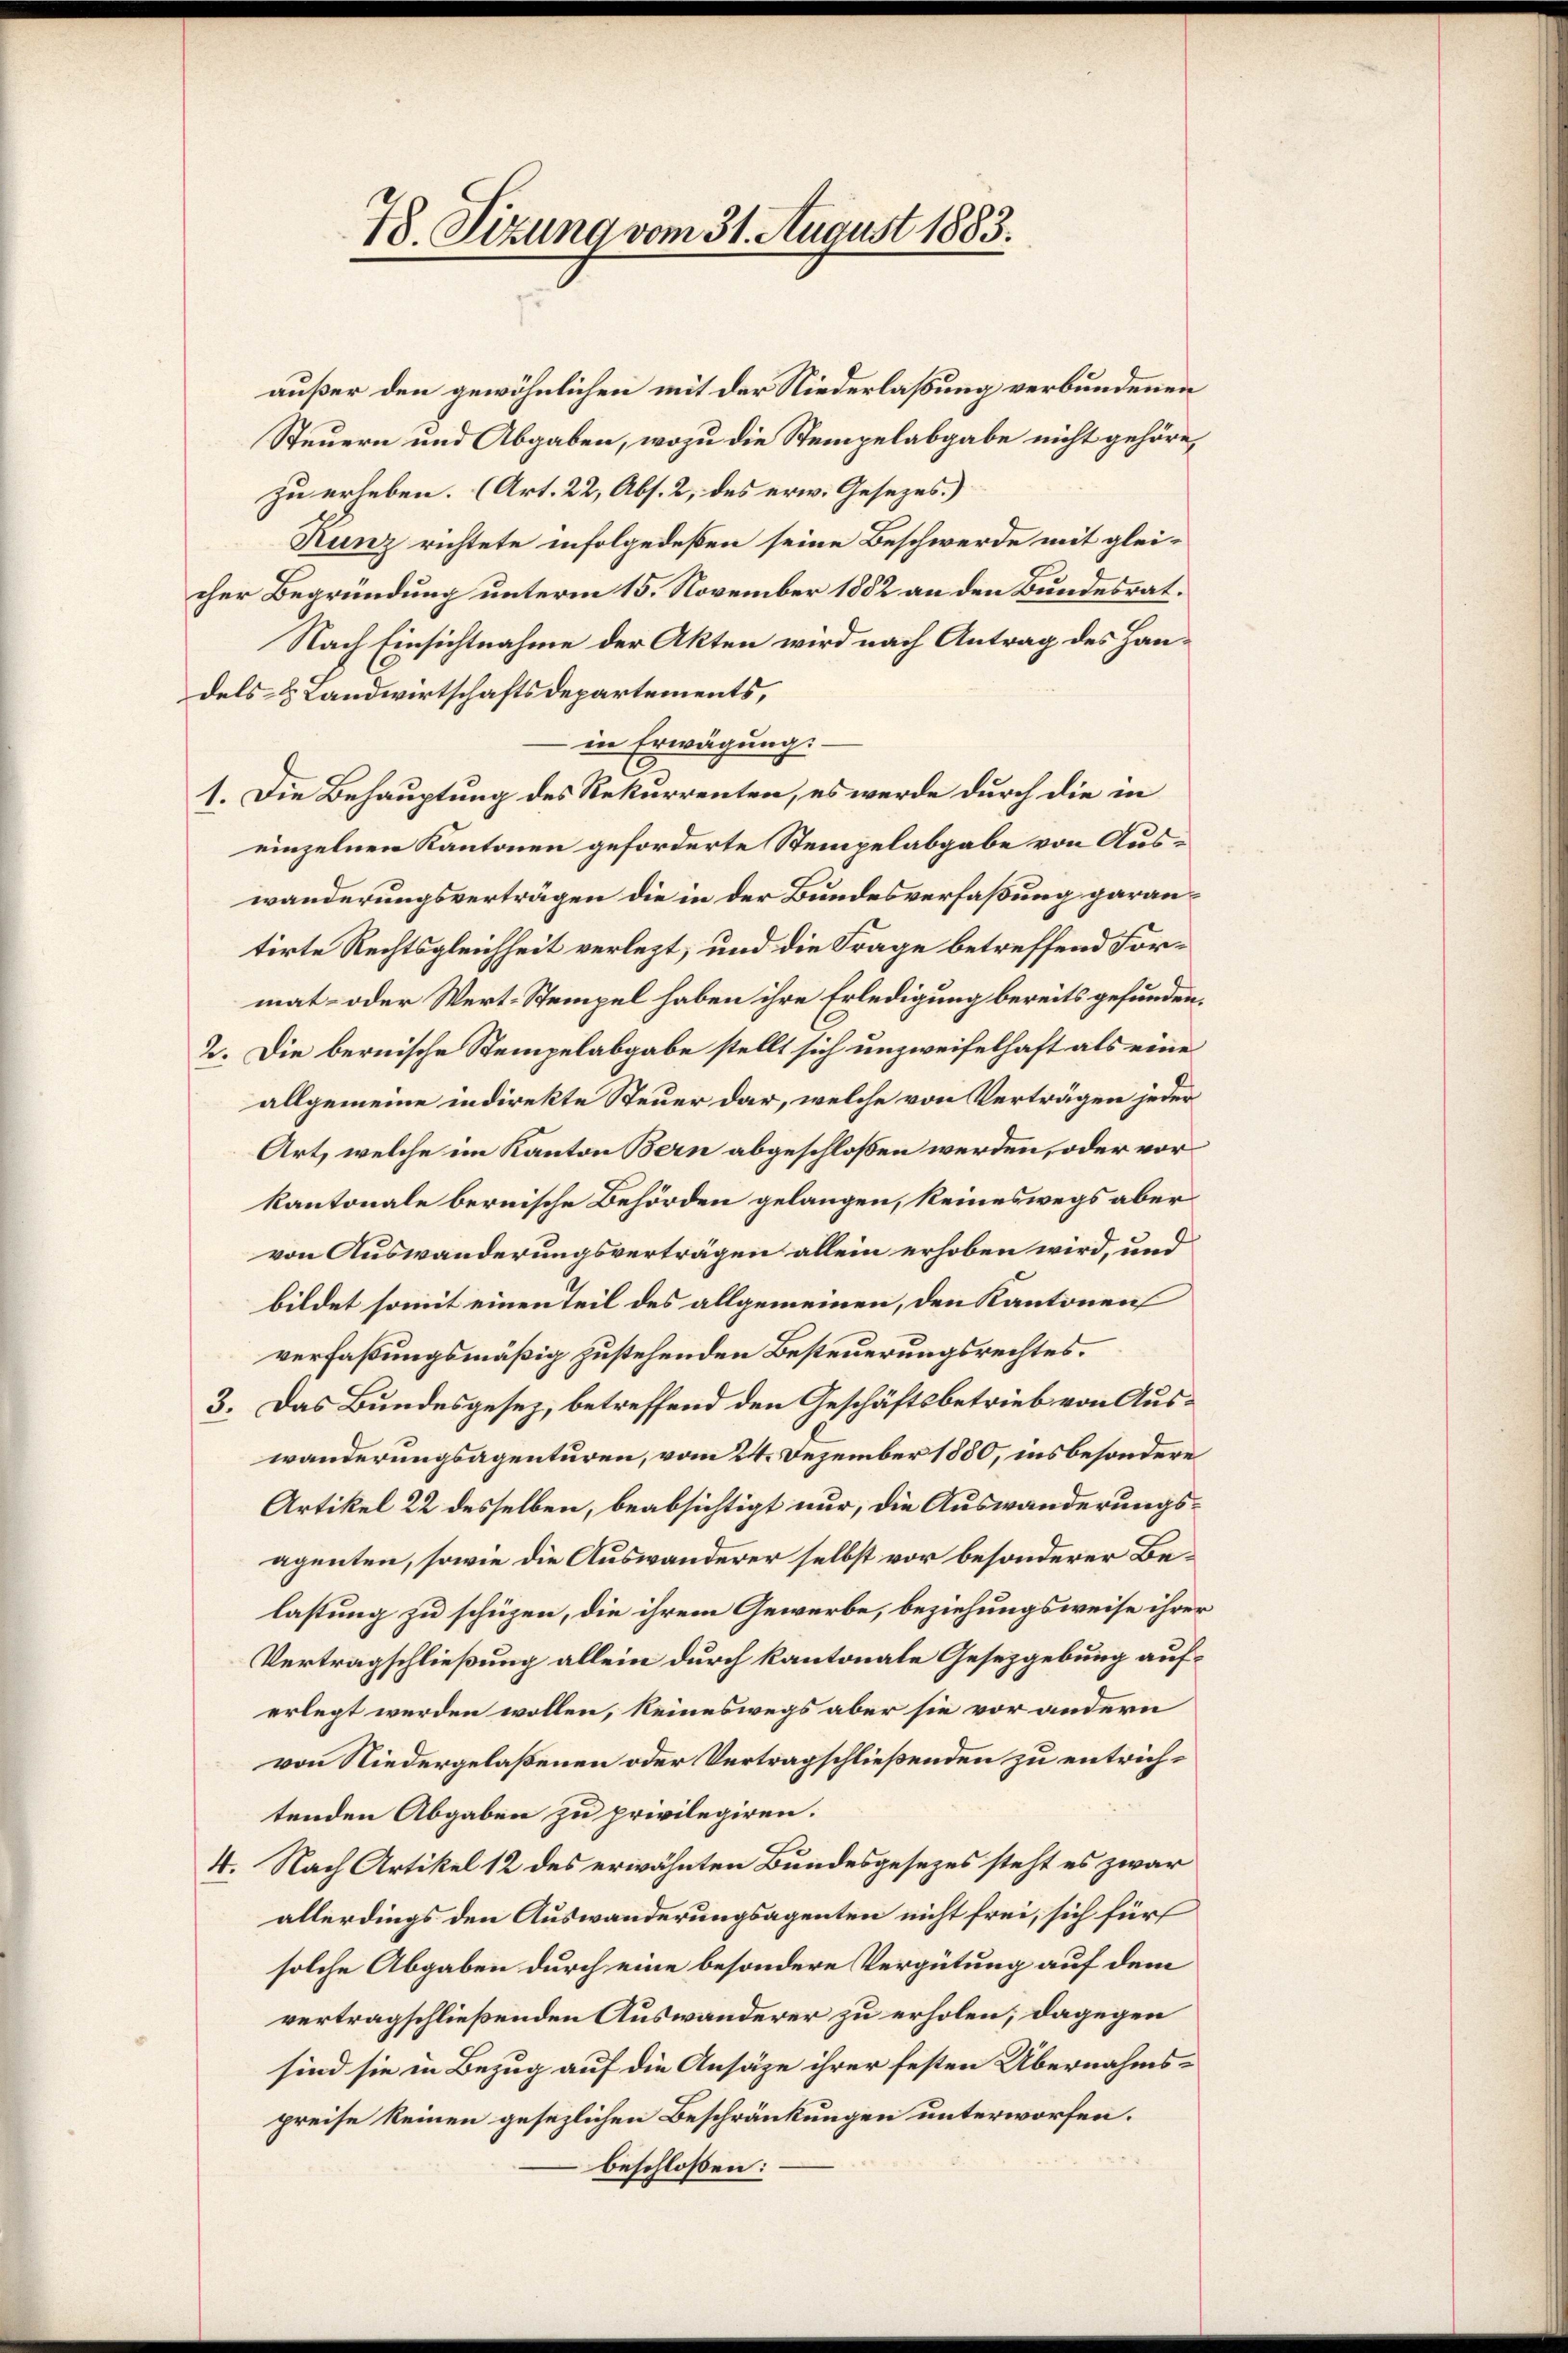
78. Sizung vom 31. August 1883.

außer den gewöhnlichen mit der Niederlaßung verbundenen
Steuern und Abgaben, wozu die Stempelabgabe nicht gehöre,
zu erleben. (Art. 22, Abs. 2, des erw. Gesetzes.)
Kunz richtete infolgedeßen seine Beschwerde mit glei-
cher Begründung unterm 15. November 1882 an den Bundesrat.
Nach Einsichtnahme der Akten wird nach Antrag des Handels- & Landwirtschaftsdepartements,
in Erwägung.
1. Die Behauptung des Rekurrenten, es werde durch die in
einzelnen Kantonen geforderte Stempelabgabe von Auswanderungsverträgen die in der Bundesverfaßung garantirte Rechtsgleichheit verlegt, und die Frage betreffend Format- oder Wert-Stempel haben ihre Erledigung bereits gefunden,
2. Die bernische Stempelabgabe stellt sich unzweifelhaft als eine
allgemeine indirekte Steuer dar, welche von Verträgen jeder
Art, welche im Kanton Bern abgeschloßen werden, oder vorkantonale bernische Behörden gelangen, keineswegs aber
von Auswanderungsverträgen allein erhoben wird, und
bildet somit einen Teil des allgemeinen, den Kantonen
verfaßungsmäßig zustehenden Besteuerungsrechtes.
3. Das Bundesgesez, betreffend den Geschäftsbetrieb von Auswanderungsagenturen, vom 24. Dezember 1880, insbesondere
Artikel 22 desselben, beabsichtigt nur, die Auswanderungsagenten, sowie die Auswanderer selbst vor besonderer Belastung zu schügen, die ihrem Gewerbe, beziehungsweise ihrer
Vertragschließung allein durch kantonale Gesetzgebung auferlegt werden wollen, keineswegs aber sie vor andern
von Niedergelaßenen oder Vertragschließenden zu entrichtenden Abgaben zu privilegiren.
4. Nach Artikel 12 des erwähnten Bundesgesezes steht es zwar
allerdings den Auswanderungsagenten nicht frei, sich für
solche Abgaben durch eine besondere Vergütung auf dem
vertragschließenden Auswanderer zu erholen; dagegen
sind sie in Bezug auf die Ansätze ihrer festen Übernahmspreise keinen gesezlichen Beschränkungen unterworfen.
beschlossen: